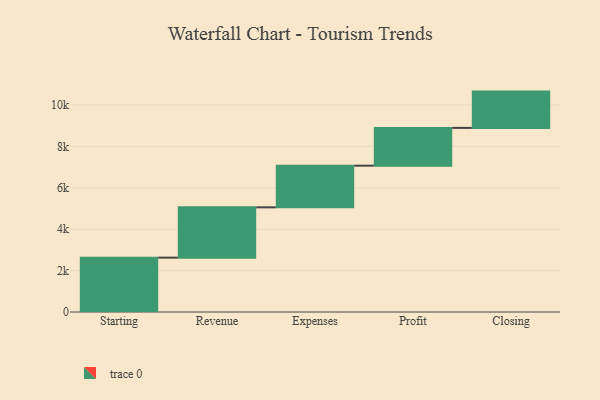
{"axis": {"x": "Step", "y": "Value"}, "legend": [""], "data": [{"x": "Starting", "y": 2626.0, "type": ""}, {"x": "Revenue", "y": 2431.0, "type": ""}, {"x": "Expenses", "y": 2013.0, "type": ""}, {"x": "Profit", "y": 1826.0, "type": ""}, {"x": "Closing", "y": 1753.0, "type": ""}]}